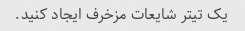
یک تیتر شایعات مزخرف ایجاد کنید.